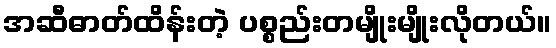
အဆီဓာတ်ထိန်းတဲ့ ပစ္စည်းတမျိုးမျိုးလိုတယ်။